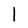
Character: l